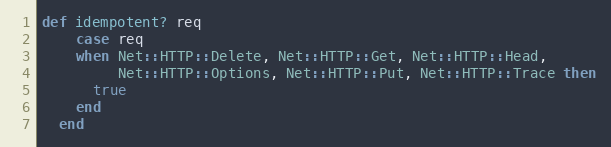
Language: Ruby
def idempotent? req
    case req
    when Net::HTTP::Delete, Net::HTTP::Get, Net::HTTP::Head,
         Net::HTTP::Options, Net::HTTP::Put, Net::HTTP::Trace then
      true
    end
  end